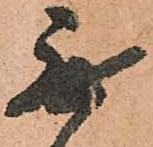
無